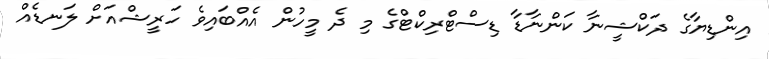
އިންޑިޔާގެ ދަކްޝީނާ ކަންނާޑާ ޑިސްޓްރިކްޓްގެ މި ދެ މީހުން އެއްބައިވެ ހަރީޝްއަށް ލަނޑެއް